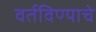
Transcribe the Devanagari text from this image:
वर्तविण्याचे